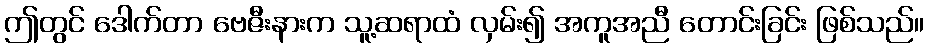
ဤတွင် ဒေါက်တာ ဗေဇီးနားက သူ့ဆရာထံ လှမ်း၍ အကူအညီ တောင်းခြင်း ဖြစ်သည်။